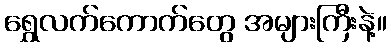
ရွှေလက်ကောက်တွေ အများကြီးနဲ့။